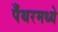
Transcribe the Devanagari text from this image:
पँथरमध्ये